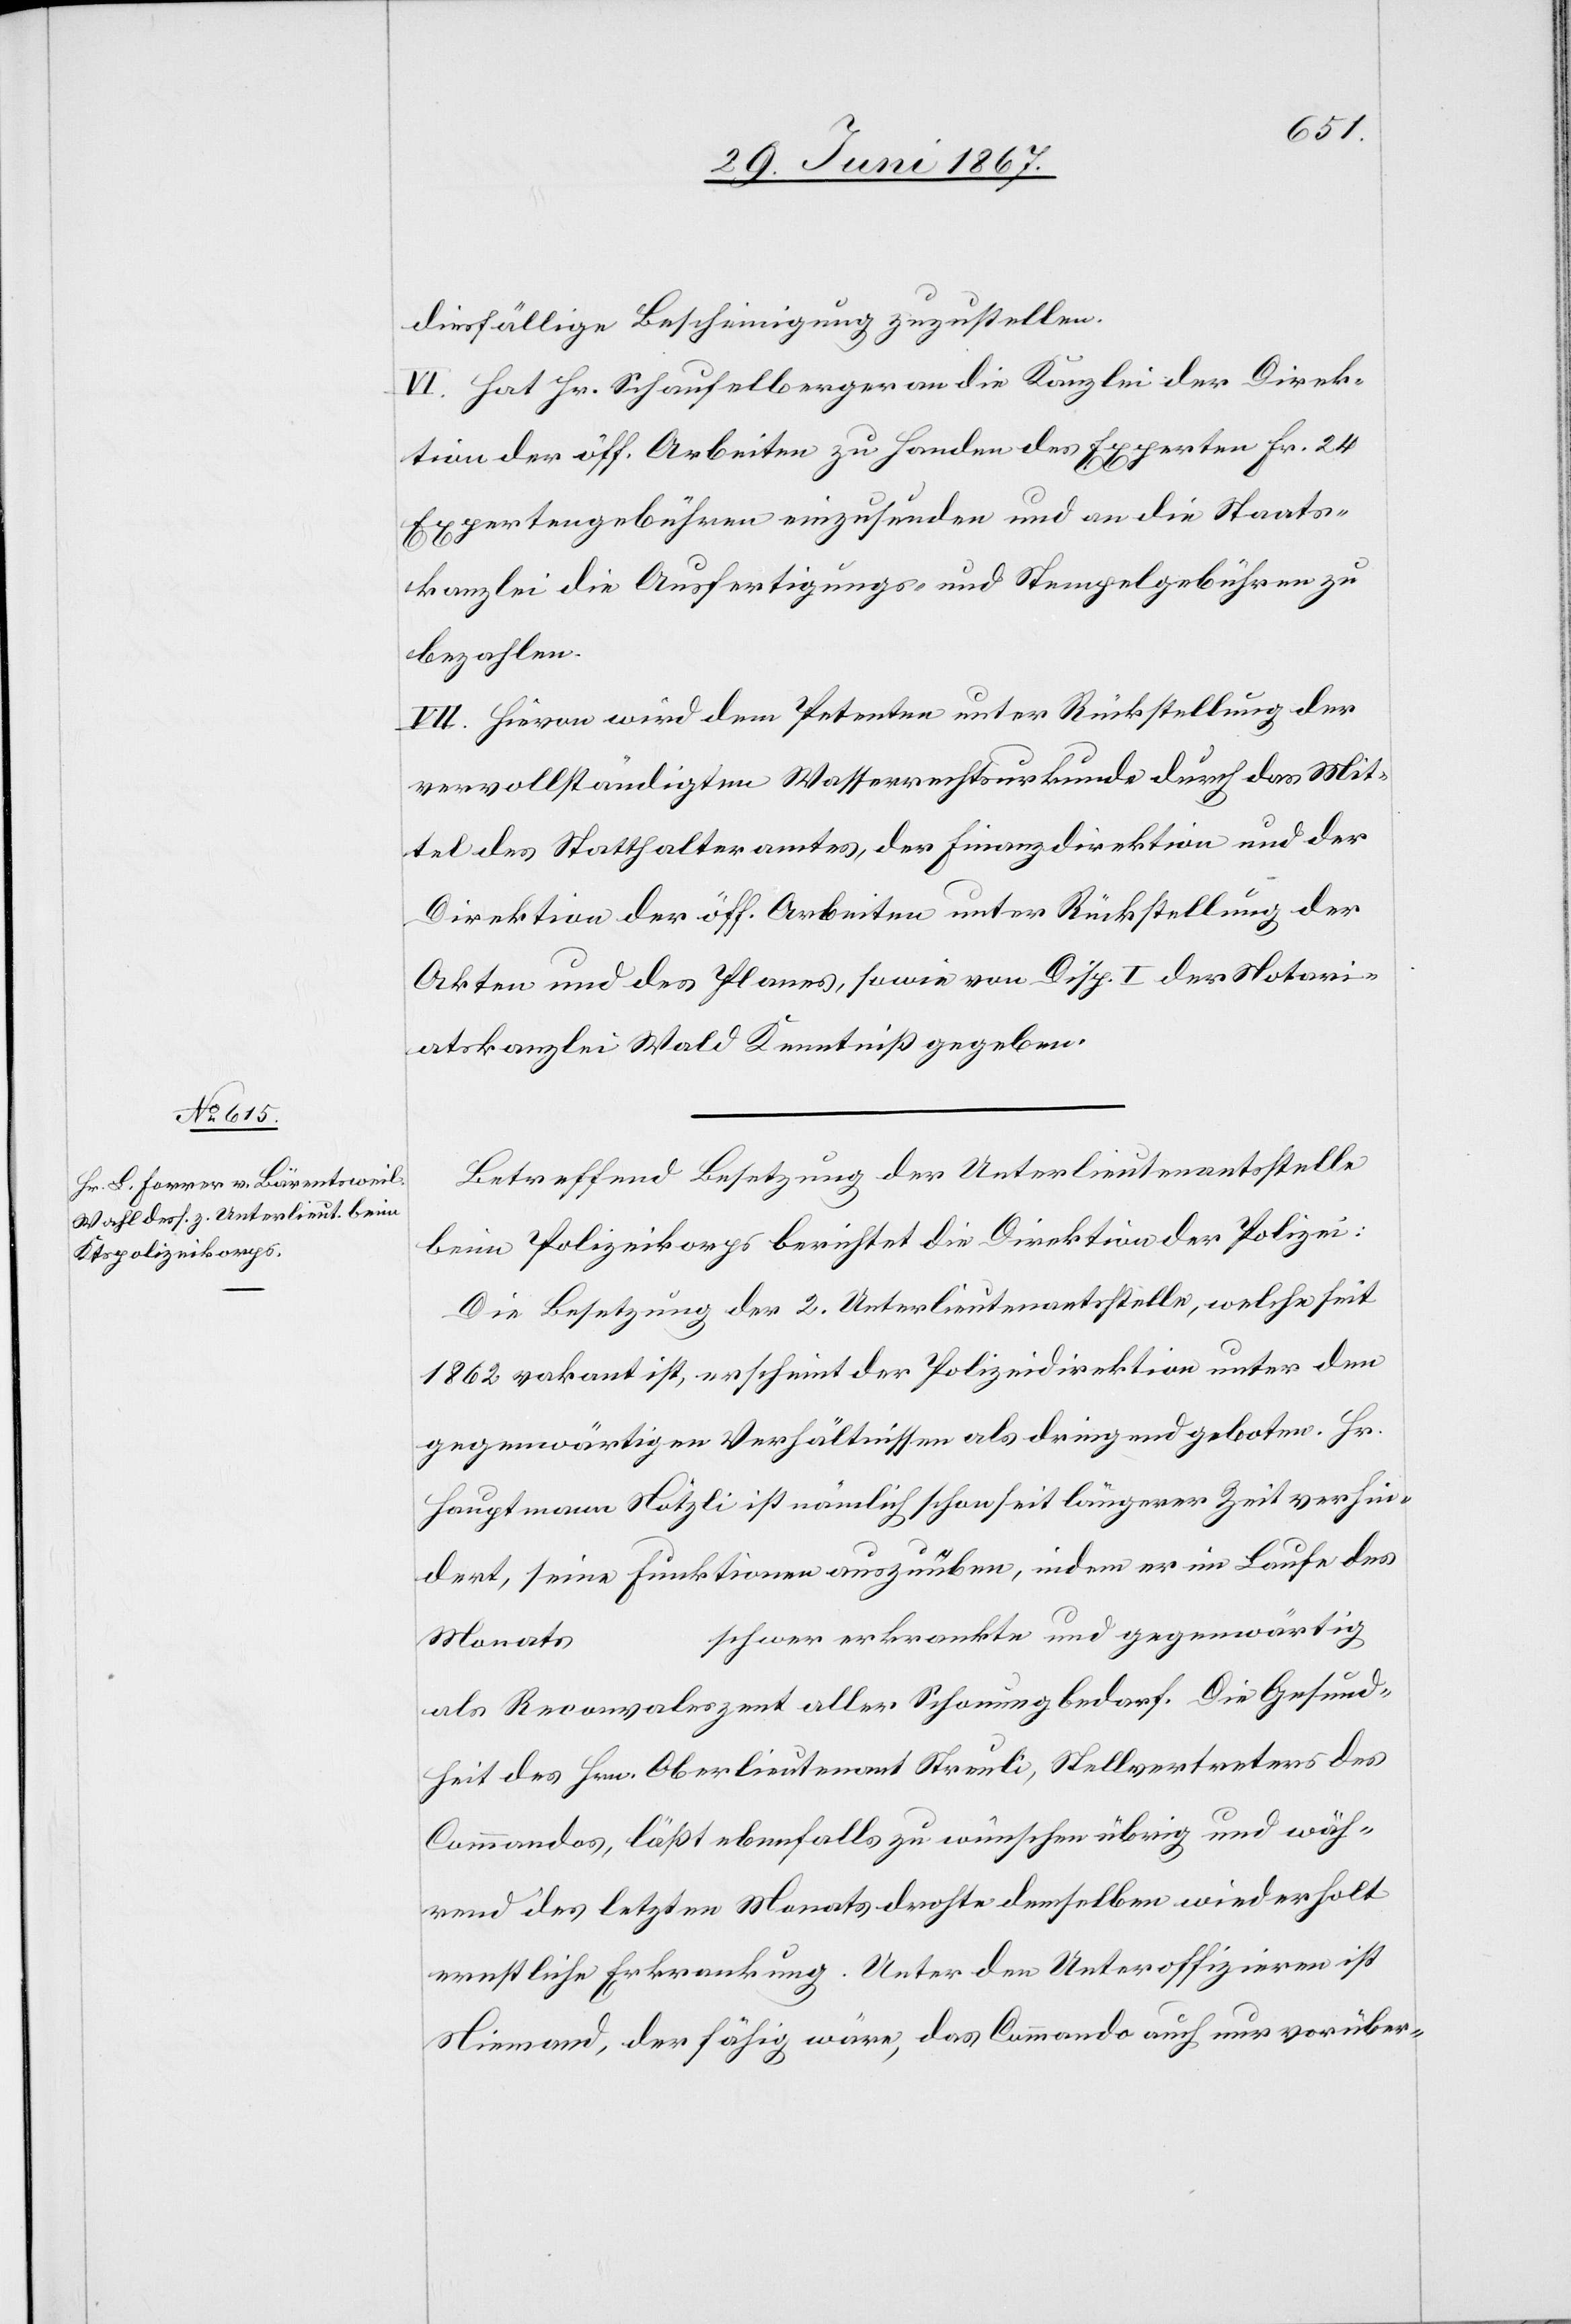
diesfällige Bescheinigung zuzustellen.
VI. Hat Hr. Schaufelberger an die Kanzlei der Direk¬
tion der öff. Arbeiten zu Handen des Experten Fr. 24
Expertengebühren einzusenden und an die Staats¬
kanzlei die Ausfertigungs- und Stempelgebühren zu
bezahlen.
VII. Hievon wird dem Petenten unter Rückstellung der
vervollständigten Wasserrechtsurkunde durch das Mit¬
tel des Statthalteramtes, der Finanzdirektion und der
Direktion der öff. Arbeiten unter Rückstellung der
Akten und des Planes, sowie von Disp. I der Notari¬
atskanzlei Wald Kenntniß gegeben.
Betreffend Besetzung der Unterlieutenantsstelle
beim Polizeikorps berichtet die Direktion der Polizei:
Die Besetzung der 2. Unterlieutenantsstelle, welche seit
1862 vakant ist, erscheint der Polizeidirektion unter den
gegenwärtigen Verhältnissen als dringend geboten. Hr.
Hauptmann Nötzli ist nämlich schon seit längerer Zeit verhin¬
dert, seine Funktionen auszuüben, indem er im Laufe des
schwer erkrankte und gegenwärtig
Monats
als Reconvaleszent aller Schonung bedarf. Die Gesund¬
heit des Hrn. Oberlieutenant Streuli, Stellvertreter des
Commandos, läßt ebenfalls zu wünschen übrig und wäh¬
rend des letzten Monats drohte demselben wiederholt
ernstliche Erkrankung. Unter den Unteroffizieren ist
Niemand, der fähig wäre, das Commando auch nur vorüber-